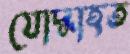
যোদ্ধাহত